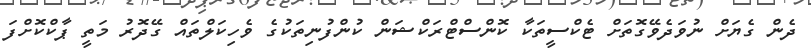
ދެން ގެޔަށް ނުވަދެވޭގޮތަށް ޓެކްސީތަކާ ކޮންސްޓްރަކްޝަން ކުންފުނިތަކުގެ ވެހިކަލްތައް ގޭދޮރު މަތީ ޕާކްކޮށްފަ